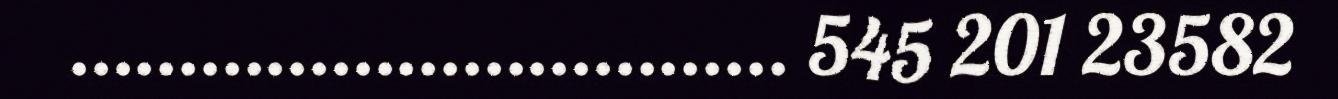
................................. 545 201 23582